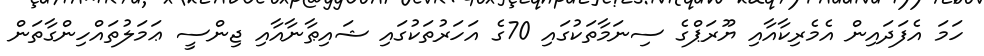
ހަމަ އެފަދައިން އެމެރިކާއާއި ޔޫރަޕްގެ ސިނަމާތަކުގައި 70ގެ އަހަރުތަކުގައި ޝައިޠާނާއާއި ޖިންސީ ޢަމަލުތައްހިންގާތަން